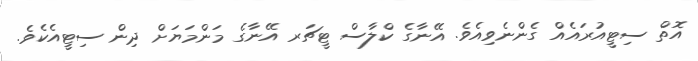
އޮތް ސިޓީއުރައެއް ގެންނެވިއެވެ. އޭނާގެ ކްލާސް ޓީޗަރ އޭނާގެ މަންމަޔަށް ދިން ސިޓީއެކެވެ.